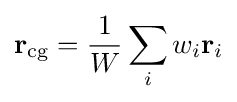
\mathbf {r} _{\mathrm {cg} }={\frac {1}{W}}\sum _{i}w_{i}\mathbf {r} _{i}